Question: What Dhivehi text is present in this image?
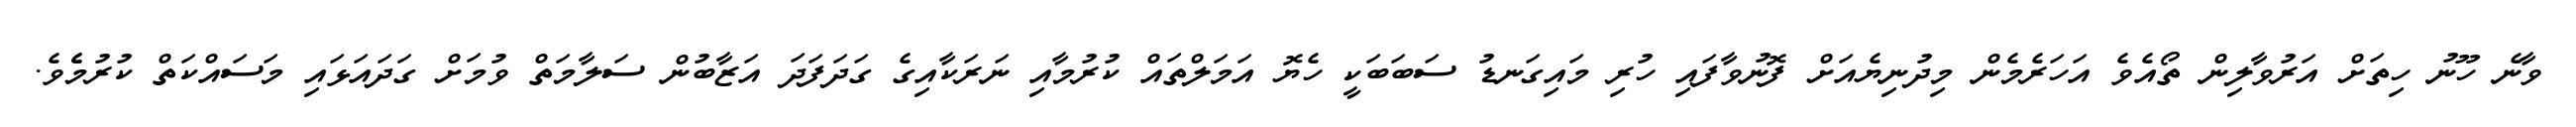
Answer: ވާނެ ހޫނު ހިތަށް އަރުވާލިން ތޯއެވެ އަހަރެމެން މިދުނިޔެއަށް ފޮނުވާފައި ހުރި މައިގަނޑު ސަބަބަކީ ހެޔޮ އަމަލްތައް ކުރުމާއި ނަރަކާއިގެ ގަދަފަދަ އަޒާބުން ސަލާމަތް ވުމަށް ގަދައަޅައި މަސައްކަތް ކުރުމެެވެ.